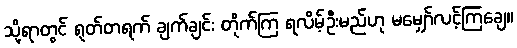
သို့ရာတွင် ရုတ်တရက် ချက်ချင်း တိုက်ကြ ရလိမ့်ဦးမည်ဟု မမျှော်လင့်ကြချေ။